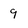
Character: 9